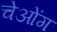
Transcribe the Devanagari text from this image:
चेओंग